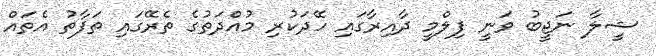
ޝީލާ ނަޖީބު ވަނީ ފިލްމީ ދާއިރާގައި ހޭދަކުރި މުއްދަތުގެ ތެރޭގައި ތަފާތު އެތައް